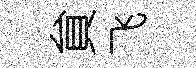
貟飞